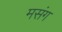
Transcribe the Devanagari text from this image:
मसंग